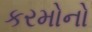
કરમોનો